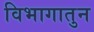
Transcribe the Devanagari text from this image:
विभागातुन